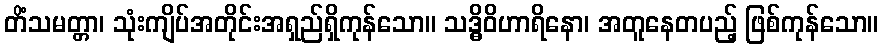
တိံသမတ္တာ၊ သုံးကျိပ်အတိုင်းအရှည်ရှိကုန်သော။ သဒ္ဓိဝိဟာရိနော၊ အတူနေတပည့် ဖြစ်ကုန်သော။